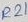
Text: R21